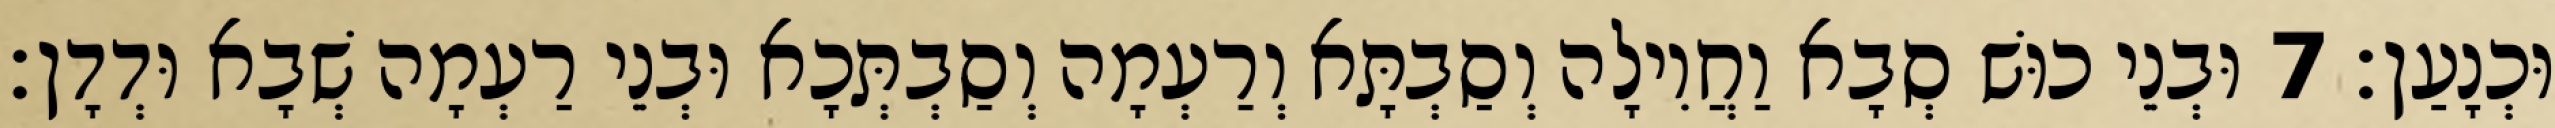
וּכְנָעַן׃ 7 וּבְנֵי כוּשׁ סְבָא וַחֲוִילָה וְסַבְתָּא וְרַעְמָה וְסַבְתְּכָא וּבְנֵי רַעְמָה שְׁבָא וּדְדָן׃